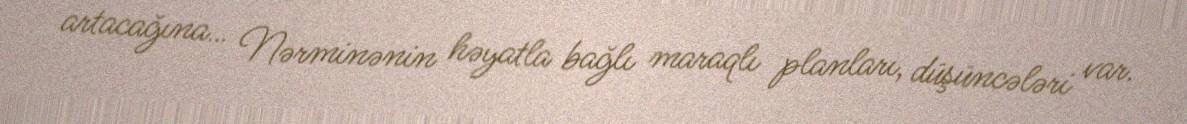
artacağına… Nərminənin həyatla bağlı maraqlı planları, düşüncələri var.